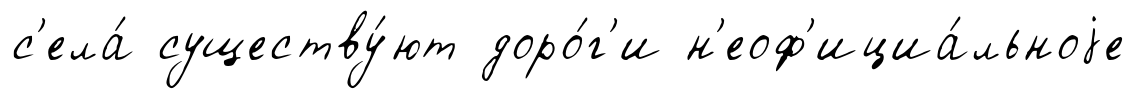
с'ела́ существу́ют доро́г'и н'еоф'ициа́льноjе